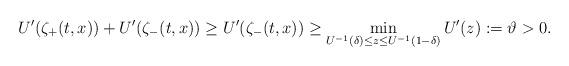
LaTeX: \begin{align*}U'(\zeta_+(t,x))+U'(\zeta_-(t,x))\geq U'(\zeta_-(t,x))\geq \min_{U^{-1}(\delta)\leq z\leq U^{-1}(1-\delta)} U'(z) := \vartheta>0. \end{align*}